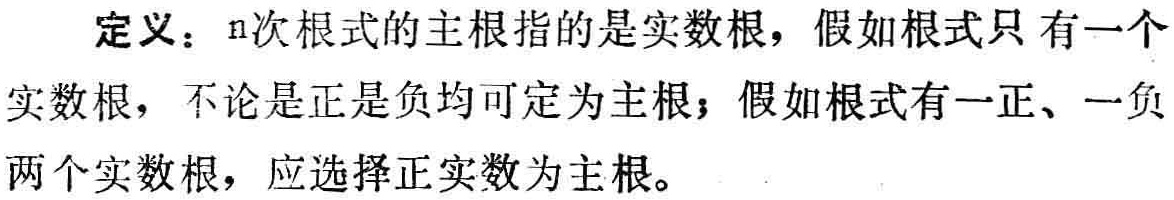
定义：$n$次根式的主根指的是实数根，假如根式只有一个实数根，不论是正是负均可定为主根；假如根式有一正、一负两个实数根，应选择正实数为主根。